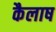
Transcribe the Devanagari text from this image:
कैलाष